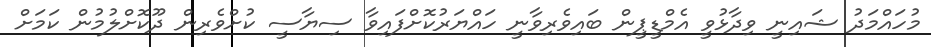
މުހައްމަދު ޝައިނީ ވިދާޅުވީ އެމްޑީޕީން ބައިވެރިވާނީ ހައްޔަރުކޮށްފައިވާ ސިޔާސީ ކުށްވެރިން ދޫކޮށްލުމުން ކަމަށް